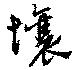
懹